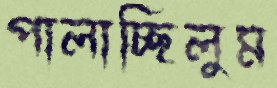
পালাচ্ছিলুম